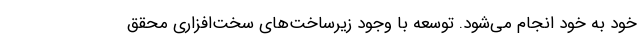
خود به خود انجام می‌شود. توسعه با وجود زیرساخت‌های سخت‌افزاری محقق